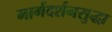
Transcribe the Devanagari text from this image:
मार्गदर्शनसुद्धा